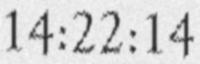
14:22:14